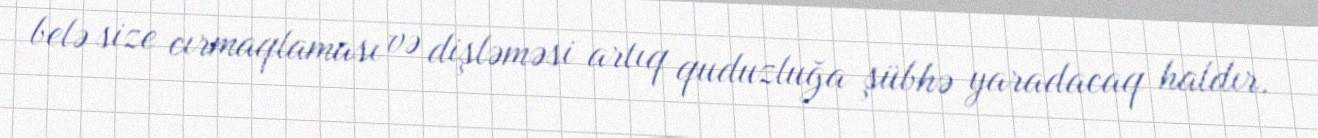
belə size cırmaqlaması və dişləməsi artıq quduzluğa şübhə yaradacaq haldır.